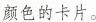
颜色的卡片。